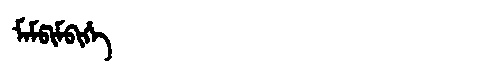
Manchu: ᠮᠠᠮᡦᡳᠮᠪᡳᡥᡝ
Romanization: MAMPIMBIHE